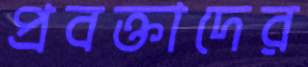
প্রবক্তাদের